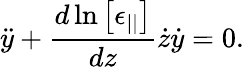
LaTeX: \ddot{y}+\frac{d\ln\left[\epsilon_{||}\right]}{dz}\dot{z}\dot{y}=0.